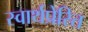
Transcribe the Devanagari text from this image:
स्वार्थप्रेरित